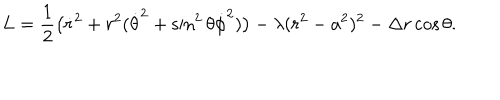
L = { \frac { 1 } { 2 } } \bigl ( \dot { r } ^ { 2 } + r ^ { 2 } ( \dot { \theta } ^ { 2 } + \sin ^ { 2 } \theta \dot { \phi } ^ { 2 } ) \bigr ) - \lambda ( r ^ { 2 } - a ^ { 2 } ) ^ { 2 } - \Delta r \cos \theta .